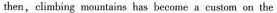
then,climbing mountains has become a custom on the